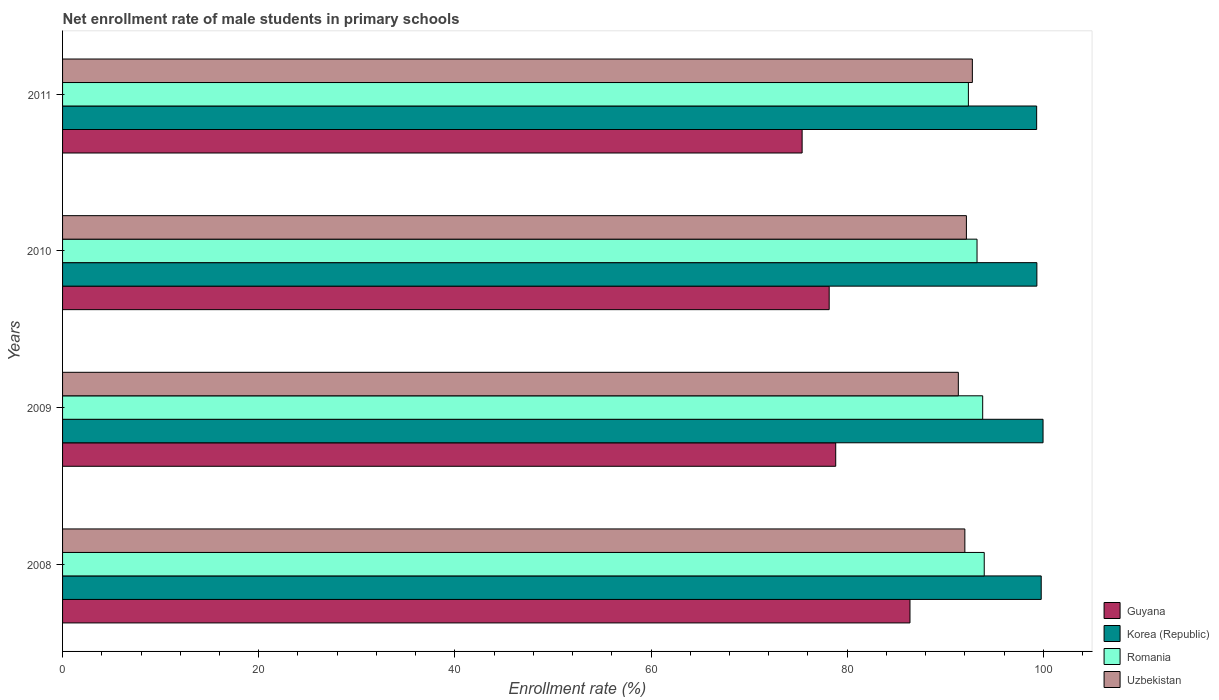
| Years | Guyana | Korea (Republic) | Romania | Uzbekistan |
 | --- | --- | --- | --- | --- |
 | 2008 | 86.4 | 99.8 | 94 | 92 |
 | 2009 | 78.8 | 100 | 93.8 | 91.3 |
 | 2010 | 78.2 | 99.3 | 93.2 | 92.2 |
 | 2011 | 75.4 | 99.3 | 92.4 | 92.8 |